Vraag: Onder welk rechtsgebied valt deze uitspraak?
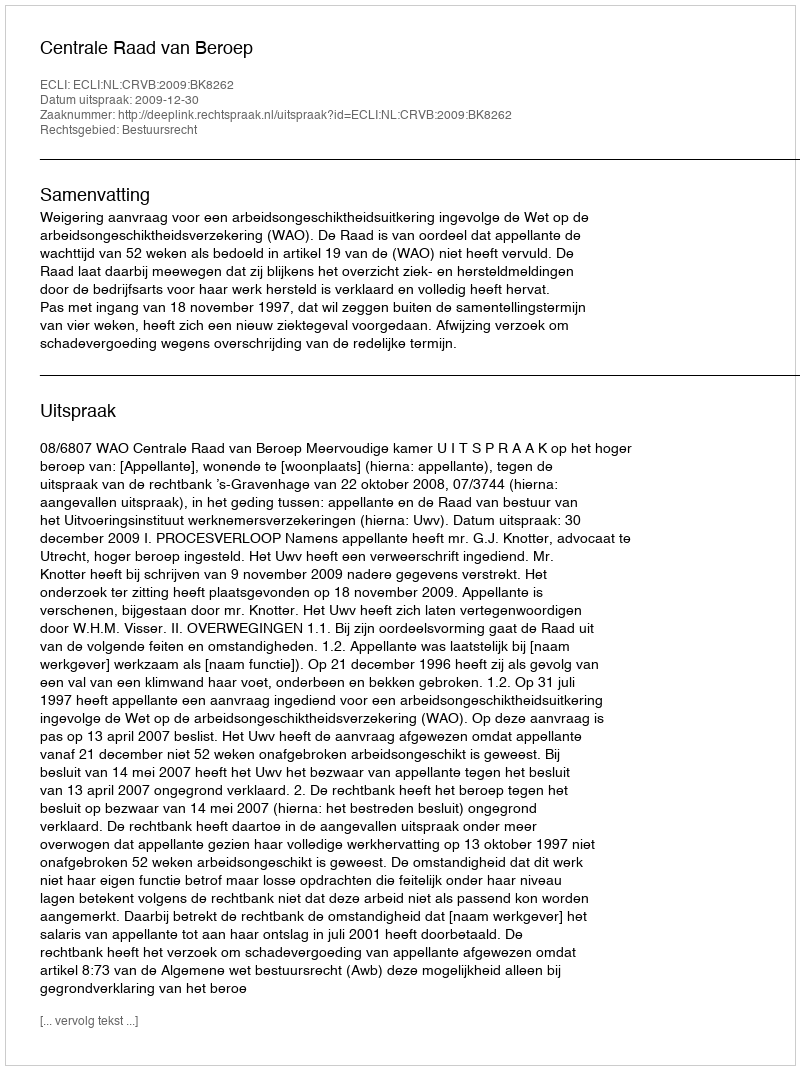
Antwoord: Bestuursrecht